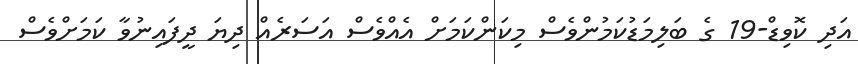
އަދި ކޮވިޑް-19 ގެ ބަލިމަޑުކަމުންވެސް މިކަންކަމަށް އެއްވެސް އަސަރެއް ދިޔަ ދީފައިނުވާ ކަމަށްވެސް